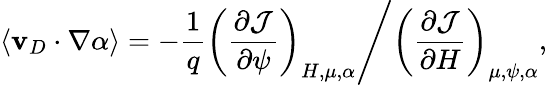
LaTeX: \langle\mathbf{v}_{D}\cdot\nabla\alpha\rangle=-\frac{1}{q}\left(\frac{\partial\mathcal{J}}{\partial\psi}\right)_{H,\mu,\alpha}\Bigg/\left(\frac{\partial\mathcal{J}}{\partial H}\right)_{\mu,\psi,\alpha},